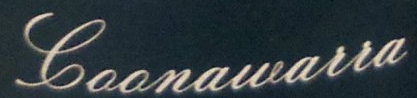
Coonawarra